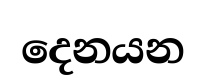
දෙනයන